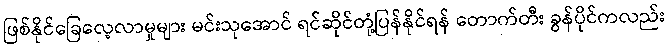
ဖြစ်နိုင်ခြေလေ့လာမှုများ မင်းသုအောင် ရင်ဆိုင်တုံ့ပြန်နိုင်ရန် တောက်တီး ခွန်ပိုင်ကလည်း